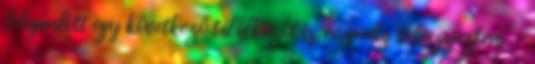
Felajánlott egy következő találkozót is, én pedig beleegyeztem” –